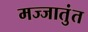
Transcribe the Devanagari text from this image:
मज्जातुंत